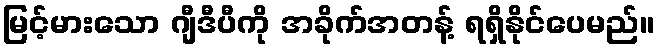
မြင့်မားသော ဂျီဒီပီကို အခိုက်အတန့် ရရှိနိုင်ပေမည်။